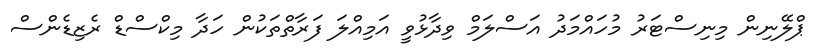
ޕްލޭނިން މިނިސްޓަރު މުހައްމަދު އަސްލަމް ވިދާޅުވީ އަމިއްލަ ފަރާތްތަކުން ހަދާ މިކްސްޑް ރެޒިޑެންސް